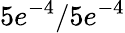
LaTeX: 5e^{-4}/5e^{-4}